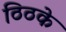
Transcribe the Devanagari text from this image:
ठिठके